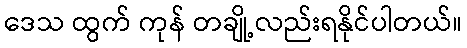
ဒေသ ထွက် ကုန် တချို့လည်းရနိုင်ပါတယ်။